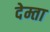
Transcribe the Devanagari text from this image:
देम्ता